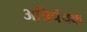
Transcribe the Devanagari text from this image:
अत्रिपंचक